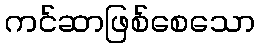
ကင်ဆာဖြစ်စေသော